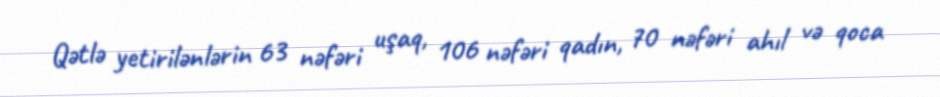
Qətlə yetirilənlərin 63 nəfəri uşaq, 106 nəfəri qadın, 70 nəfəri ahıl və qoca